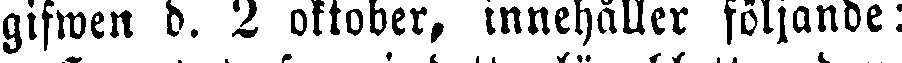
gifwen d. 2 oktober, innehåller följande: